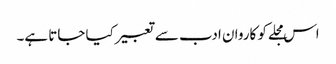
اس مجلے کو کاروان ادب سے تعبیر کیا جاتا ہے۔